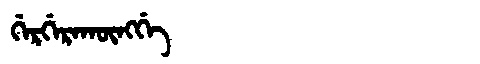
Manchu: ᡤᡝᡵᡤᡝᡵᠠᡴᡡᠩᡤᡝ
Romanization: GERGERAKŪNGGE